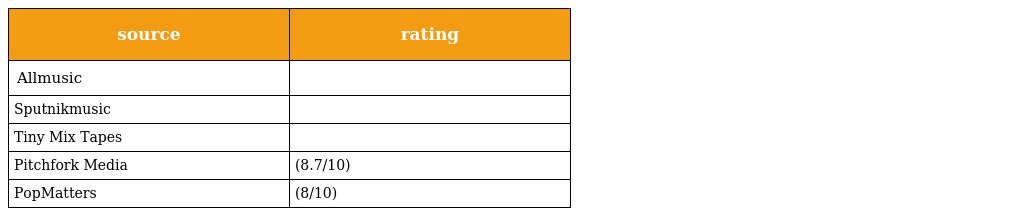
| source | rating |
 | --- | --- |
 | Allmusic |  |
 | Sputnikmusic |  |
 | Tiny Mix Tapes |  |
 | Pitchfork Media | (8.7/10) |
 | PopMatters | (8/10) |